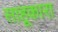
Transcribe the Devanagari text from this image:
साहूकारा